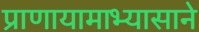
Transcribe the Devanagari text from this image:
प्राणायामाभ्यासाने